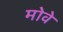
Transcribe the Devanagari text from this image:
मोवे